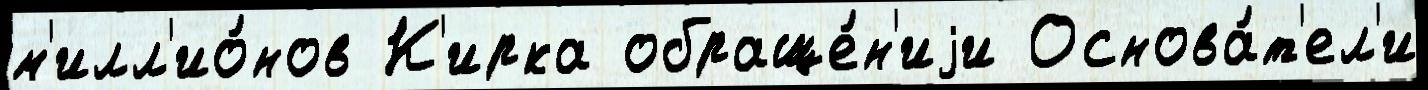
м'илл'ио́нов К'ирка обраще́н'иjи Основа́т'ел'и